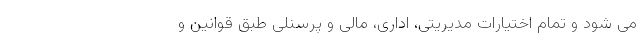
می شود و تمام اختیارات مدیریتی، اداری، مالی و پرسنلی طبق قوانین و